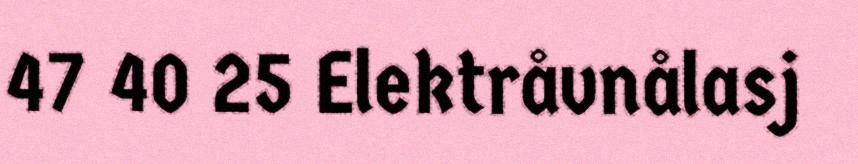
47 40 25 Elektråvnålasj